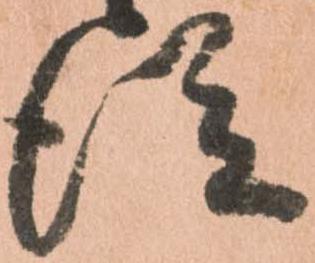
従